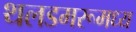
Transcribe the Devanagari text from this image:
थलडमरूमध्य